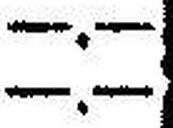
—.—